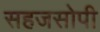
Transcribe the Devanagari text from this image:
सहजसोपी